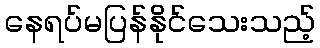
နေရပ်မပြန်နိုင်သေးသည့်